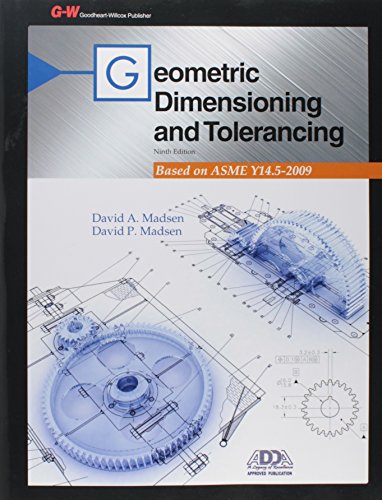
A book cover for Geometric Dimensioning and Tolerancing; David A. Madsen; Engineering & Transportation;